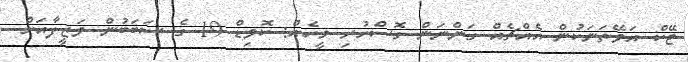
ޓޭކް އަވޭތަނަކުން އެއްޗެއް ގަންނަން ގޮސްހުރި މީހެއް: ކޮވިޑް-19 ގެ ސަބަބުން ވަޒީފާއަށް